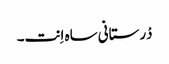
دْرستانی ساہ اِنت۔